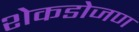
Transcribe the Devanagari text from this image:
शेकडोजण